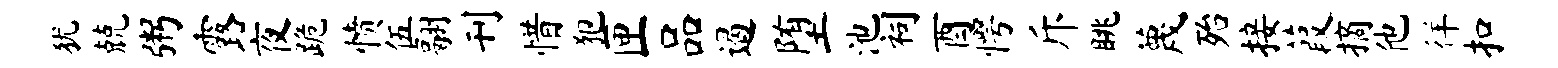
犹兢粥露夜跪愤伍翮刊惜犯匣品遏堕池祠酉愕斥眺蔑殆接葭摘他徉扣